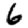
Digit: 6